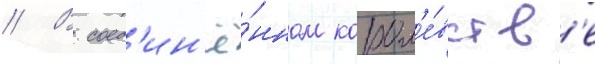
// В соед'ин'ё́нном корол'е́вств'е